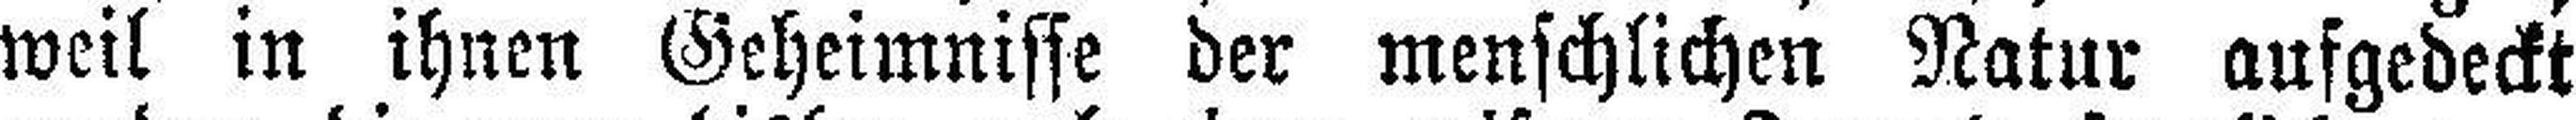
weil in ihnen Geheimnisse der menschlichen Natur aufgedeckt